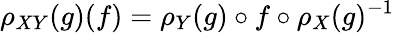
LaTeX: \rho_{XY}(g)(f)=\rho_{Y}(g)\circ f\circ\rho_{X}(g)^{-1}